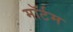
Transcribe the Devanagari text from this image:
मॉर्टम